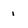
Character: i